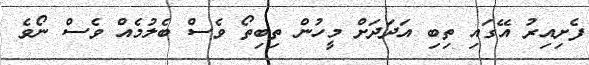
ފެށިއިރު އޭގައި ތިބި އަދަދަށް މީހުން ތިބިތޯ ވެސް ބެލުމެއް ވެސް ނޯވެ